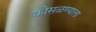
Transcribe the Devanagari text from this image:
कोसळण्याला